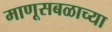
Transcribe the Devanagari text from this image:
माणूसबळाच्या